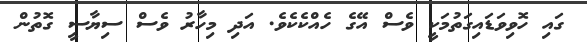
ގައި ހޮވިވަޑައިގަތުމަކީ ވެސް އޭގެ ހެއްކެކެވެ. އަދި މިހާރު ވެސް ސިޔާސީ ގޮތުން